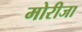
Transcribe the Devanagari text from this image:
मोरीजा